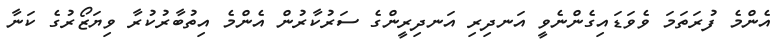
އެންމެ ފުރަތަމަ ވެވަޑައިގެންނެވީ އަނދިރި އަނދިރީންގެ ސަރުކާރުން އެންމެ އިތުބާރުކުރާ ވިޔަޒޯރުގެ ކަނާ